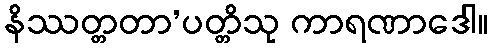
နိဿတ္တတာ’ပတ္တိသု ကာရဏာဒေါ။